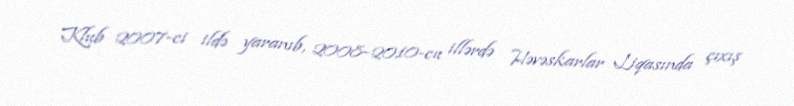
Klub 2007-ci ildə yaranıb, 2008–2010-cu illərdə Həvəskarlar Liqasında çıxış